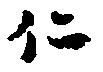
仁